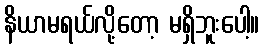
နိယာမရယ်လို့တော့ မရှိဘူးပေါ့။